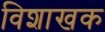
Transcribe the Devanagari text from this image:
विशाखक